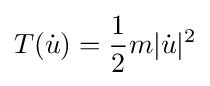
T({\dot {u}})={\frac {1}{2}}m|{\dot {u}}|^{2}